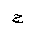
Letter: _gim